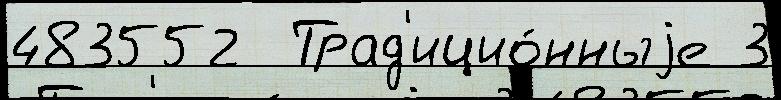
483552  Трад'ицио́нныjе 3